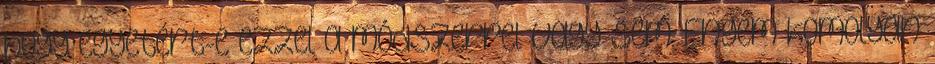
hogy egyetért-e ezzel a módszerrel vagy sem. Engem komolyan